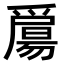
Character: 𤔰